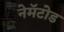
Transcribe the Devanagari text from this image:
नेमॅटोड